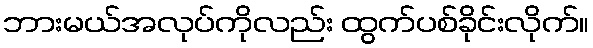
ဘားမယ်အလုပ်ကိုလည်း ထွက်ပစ်ခိုင်းလိုက်။